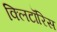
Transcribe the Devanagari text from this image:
क्लिटॉरिस